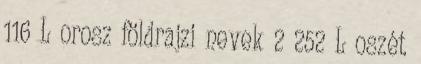
116 L orosz földrajzi nevek‎ 2 252 L oszét